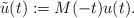
LaTeX: \begin{align*}\tilde u(t) := M(-t)u(t).\end{align*}